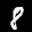
Label: 8